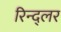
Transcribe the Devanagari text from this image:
रिन्द्लर